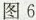
图6